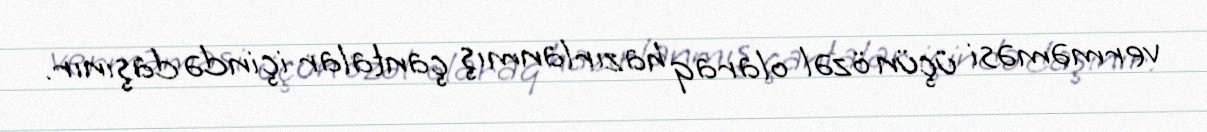
verməməsi üçün özəl olaraq hazırlanmış çantalar içində daşınır.